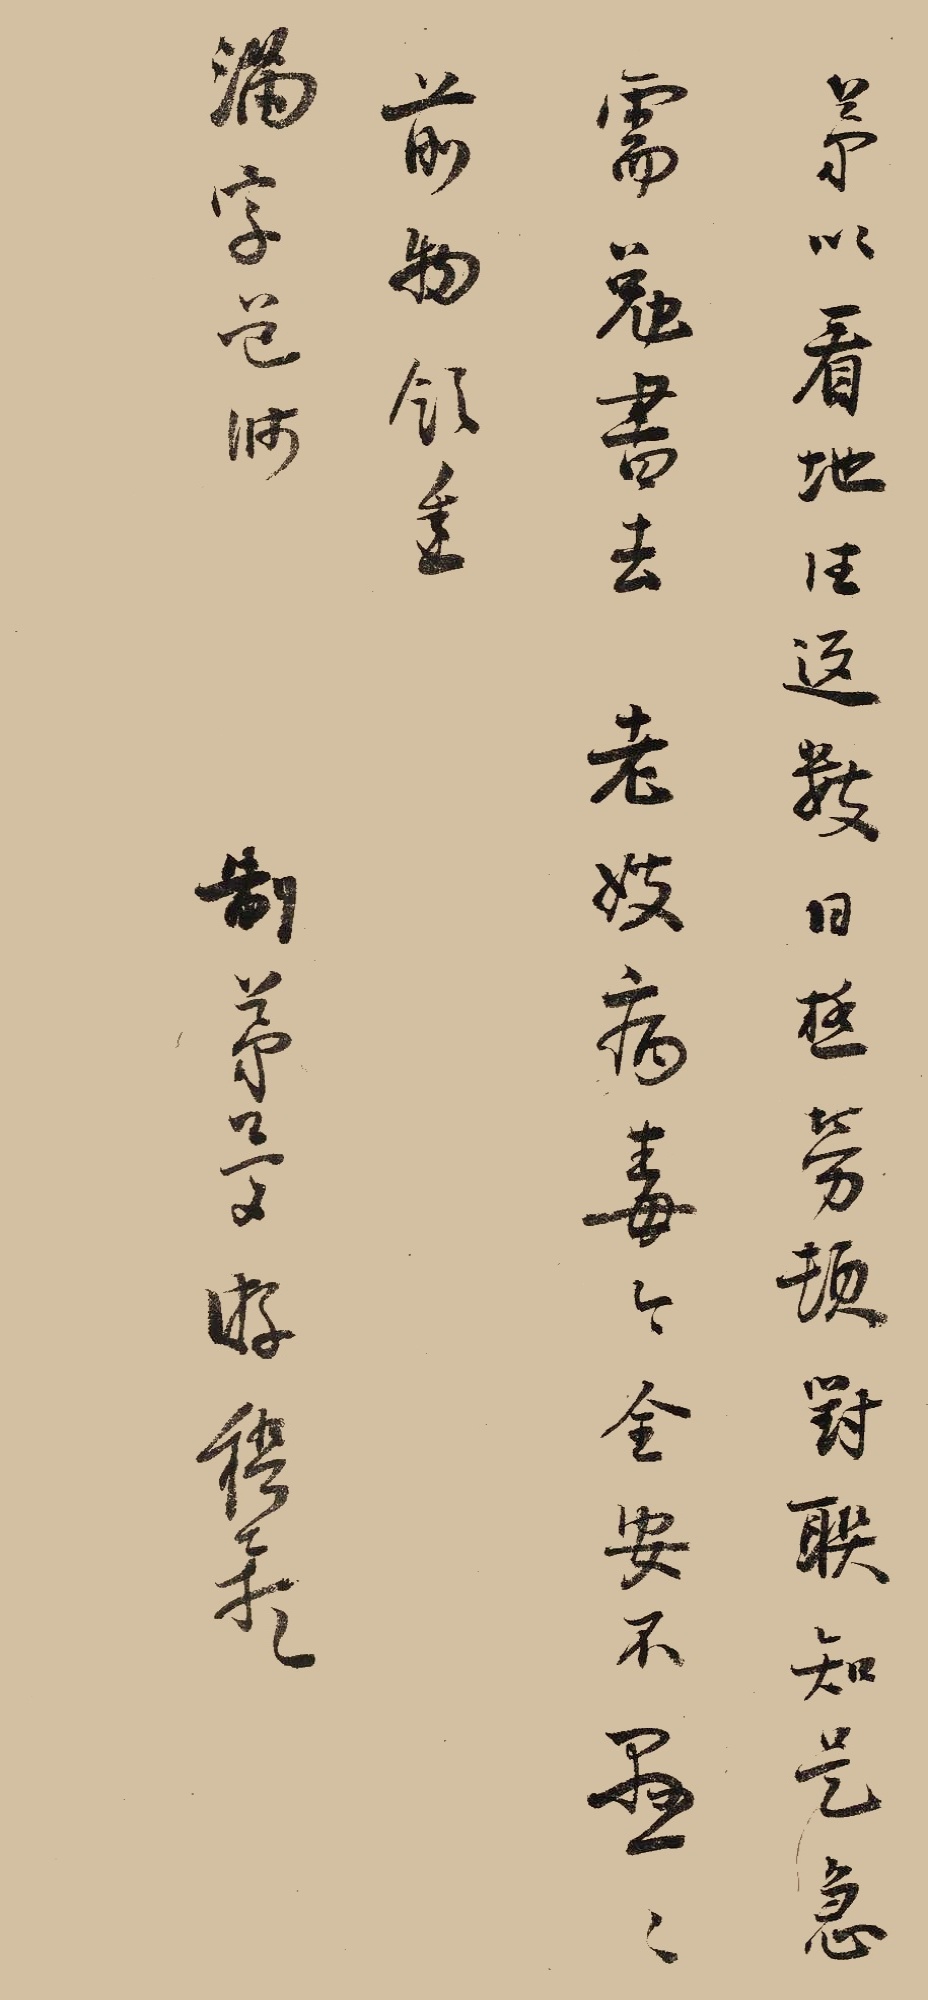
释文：弟以看地往返数日，极劳顿。对联知是急需，勉书去。老嫂病毒，今全安，不悬悬。前物领悉。满字道师。制弟梦游稽颡。